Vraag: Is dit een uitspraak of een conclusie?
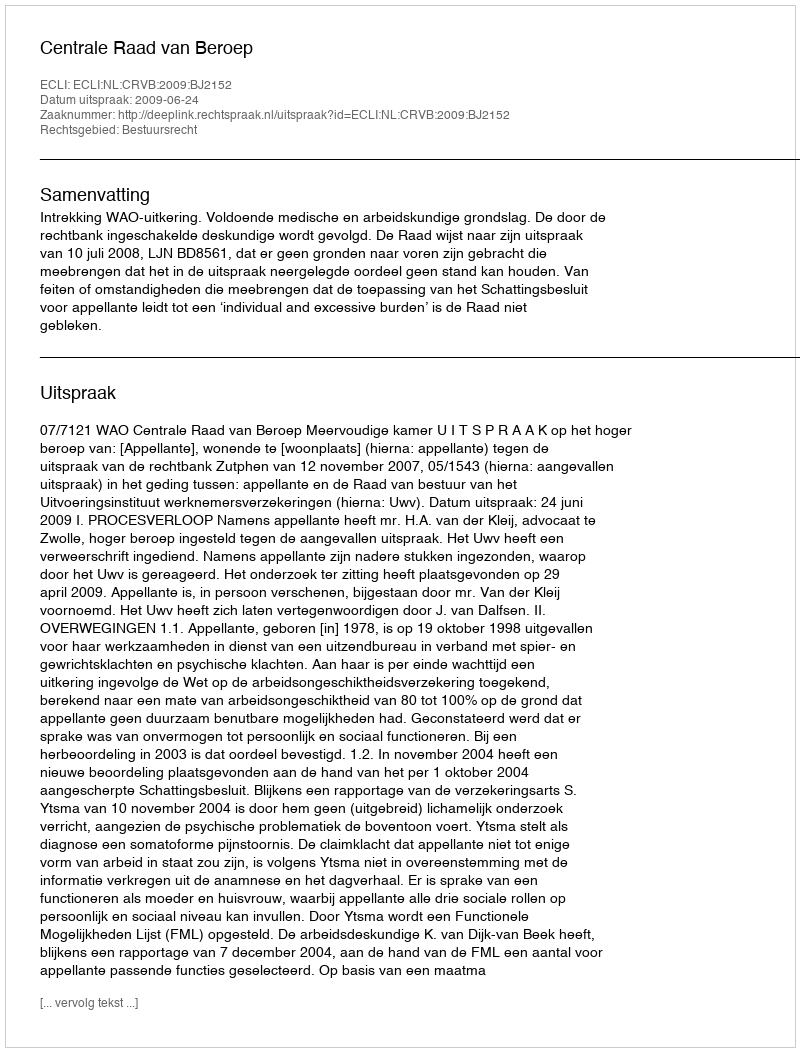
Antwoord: Uitspraak